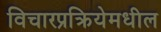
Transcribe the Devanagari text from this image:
विचारप्रक्रियेमधील